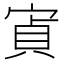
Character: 寊